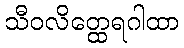
သီဝလိတ္ထေရဂါထာ